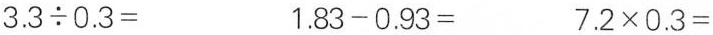
$$3 . 3 {\div} 0 . 3 =$$ $$1 . 8 3 - 0 . 9 3 =$$ $$7 . 2 \times 0 . 3 =$$